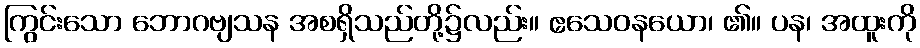
ကြွင်းသော ဘောဂဗျသန အစရှိသည်တို့၌လည်း။ ဧသေဝနယော၊ ၏။ ပန၊ အထူးကို